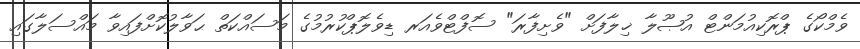
ވެމްކޯގެ ޕްރޮކިއުމަންޓް އުޞޫލާ ޚިލާފަށް "ވެށިފާރަ" ސޮފްޓްވެއަރ ޑިވެލޮޕްކުރުމުގެ މަސައްކަތް ޙަވާލުކޮށްފައިވާ މައްސަލާގައި